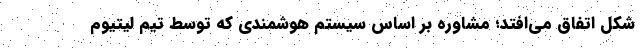
شکل اتفاق می‌افتد؛ مشاوره بر اساس سیستم هوشمندی که توسط تیم لیتیوم